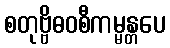
စတုဗ္ဗိဓဝစီကမ္မန္တပေ